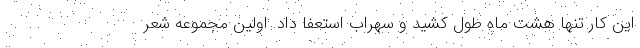
این کار تنها هشت ماه طول کشید و سهراب استعفا داد. اولین مجموعه شعر